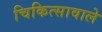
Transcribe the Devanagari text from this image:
चिकित्सावाले